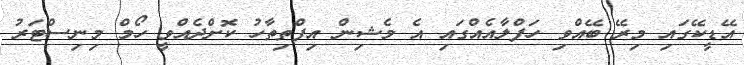
އޭޑީކޭގައި މިރޭ ބޭއްވި ހަފްލާއެއްގައި އެ މެޝިން އިފްތިތާހު ކޮށްދެއްވީ ހޯމް މިނިސްޓަރު